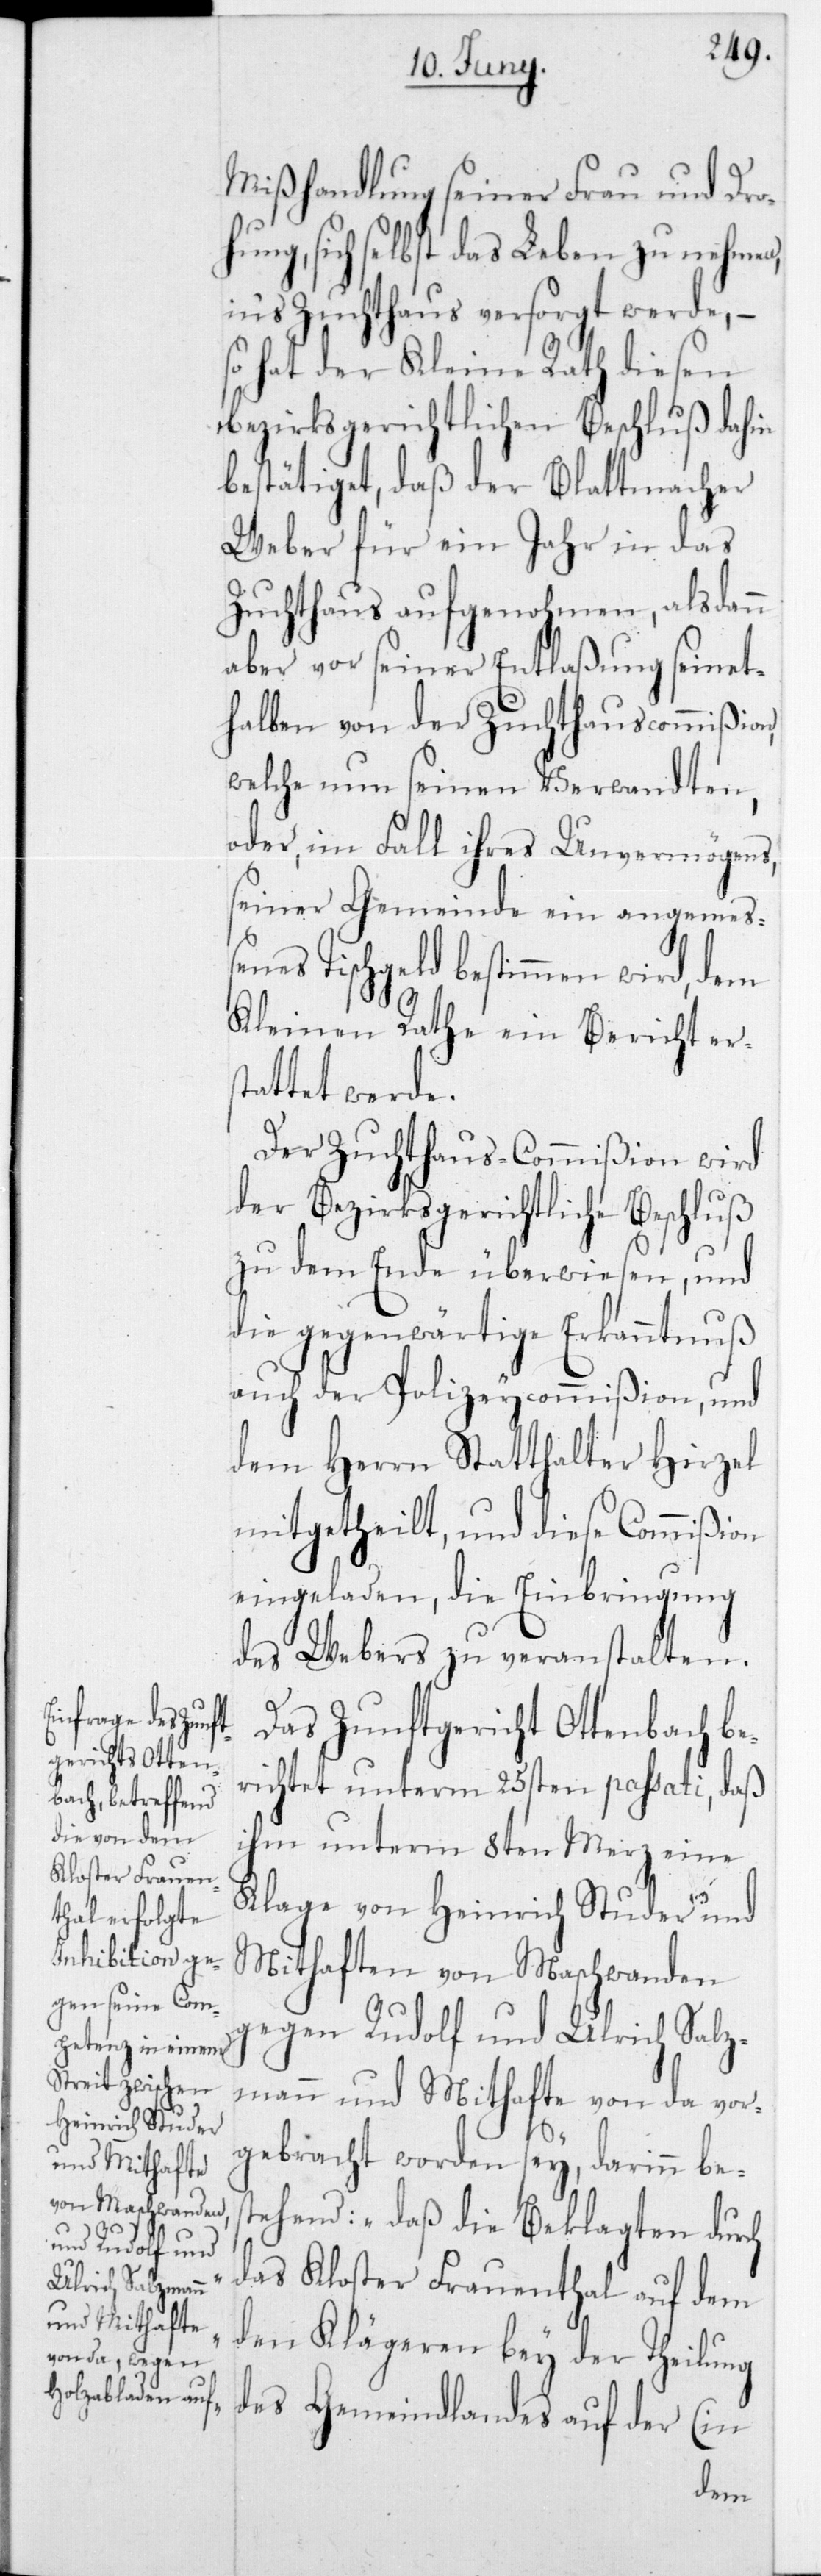
Mißhandlung seiner Frau und Droh¬
ung, sich selbst das Leben zu nehmen,
in‘s Zuchthaus versorgt werde, –
so hat der Kleine Rath diesen
bezirksgerichtlichen Beschluß dahin
bestätiget, daß der Blattmacher
Weber für ein Jahr in das
Zuchthaus aufgenohmen, alsdann
aber vor seiner Entlaßung seinet¬
halben von der Zuchthauscommißion,
welche nun seinen Verwandten,
oder im Fall ihres Unvermögens,
seiner Gemeinde ein angemeße¬
es Tischgeld bestimmen wird, dem
Kleinen Rathe ein Bericht er¬
stattet werde.
Der Zuchthaus-Commißion wird
der Bezirksgerichtliche Beschluß
zu dem Ende überwiesen, und
die gegenwärtige Erkanntnuß
auch der Polizeycommißion, und
dem Herrn Statthalter Hirzel
mitgetheilt, und diese Commißion
eingeladen, die Einbringung
des Webers zu veranstalten.
Das Zunftgericht Ottenbach be¬
richtet unterm 25sten passati, daß
ihm unterm 8ten Merz eine
Klage von Heinrich Studer und
Mithaften von Maschwanden
gegen Rudolf und Ulrich Salz¬
mann und Mithafte von da, vor¬
n¬
gebracht worden sey, darinn bes¬
tehend: „Daß die Beklagten durch
das Kloster Frauenthal auf dem
den Klägeren bey der Theilung
des Gemeindlandes auf der (in